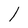
Character: l